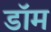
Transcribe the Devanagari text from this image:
डाॅम